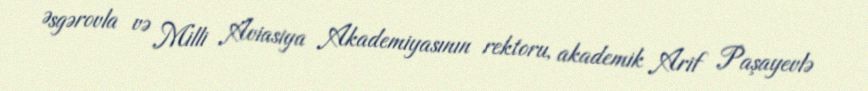
Əsgərovla və Milli Aviasiya Akademiyasının rektoru, akademik Arif Paşayevlə